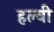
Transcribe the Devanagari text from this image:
हल्वी